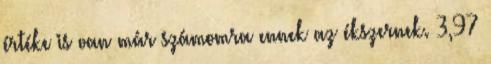
értéke is van már számomra ennek az ékszernek. 3,97